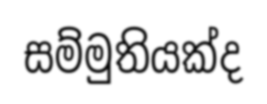
සම්මුතියක්ද